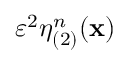
\varepsilon ^ { 2 } \eta _ { ( 2 ) } ^ { n } ( \mathbf { x } )